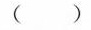
()